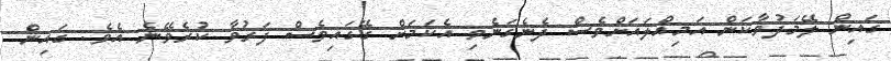
ގައިން ލޭމަދުވާކަން އަމިއްލައަށްވެސް ދެނެގަނެވި އެކަމަށް ގޭގައިވެސް ފަރުވާ ކުރެވޭނެ އެވެ. ގައިން